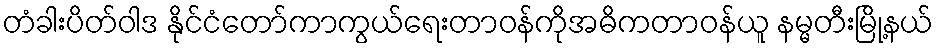
တံခါးပိတ်ဝါဒ နိုင်ငံတော်ကာကွယ်ရေးတာဝန်ကိုအဓိကတာဝန်ယူ နမ္မတီးမြို့နယ်